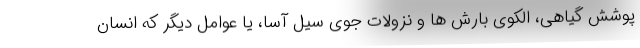
پوشش گیاهی، الکوی بارش ها و نزولات جوی سیل آسا، یا عوامل دیگر که انسان